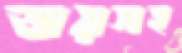
জয়সহ